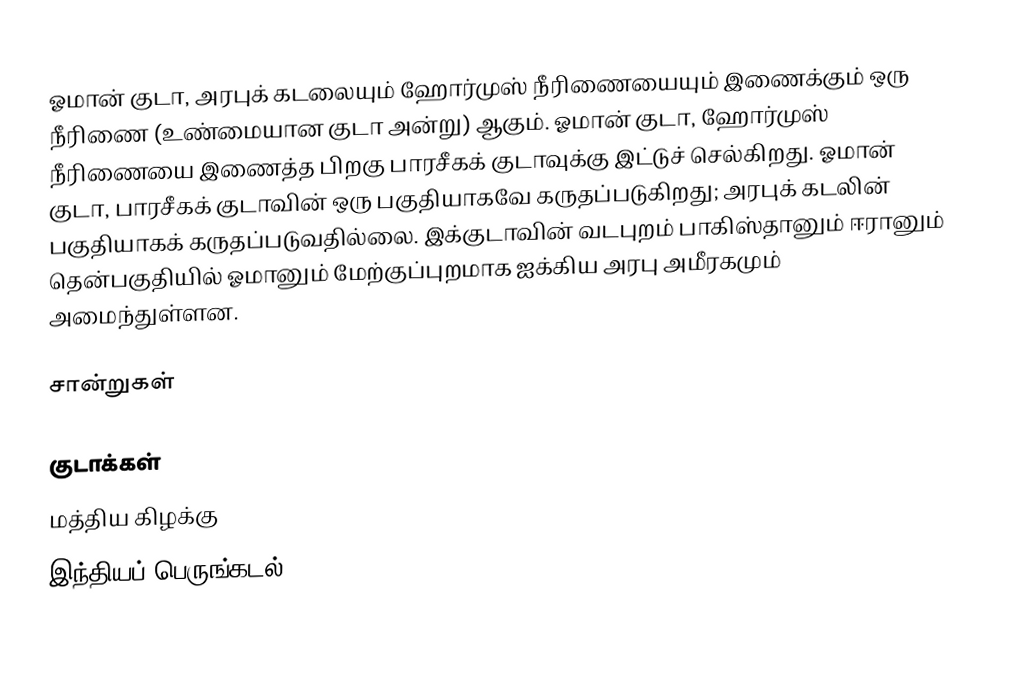
ஓமான் குடா, அரபுக் கடலையும் ஹோர்முஸ் நீரிணையையும் இணைக்கும் ஒரு நீரிணை (உண்மையான குடா அன்று) ஆகும். ஓமான் குடா, ஹோர்முஸ் நீரிணையை இணைத்த பிறகு பாரசீகக் குடாவுக்கு இட்டுச் செல்கிறது. ஓமான் குடா, பாரசீகக் குடாவின் ஒரு பகுதியாகவே கருதப்படுகிறது; அரபுக் கடலின் பகுதியாகக் கருதப்படுவதில்லை. இக்குடாவின் வடபுறம் பாகிஸ்தானும் ஈரானும் தென்பகுதியில் ஓமானும் மேற்குப்புறமாக ஐக்கிய அரபு அமீரகமும் அமைந்துள்ளன.

சான்றுகள்

குடாக்கள்
மத்திய கிழக்கு
இந்தியப் பெருங்கடல்